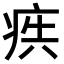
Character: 𭼋